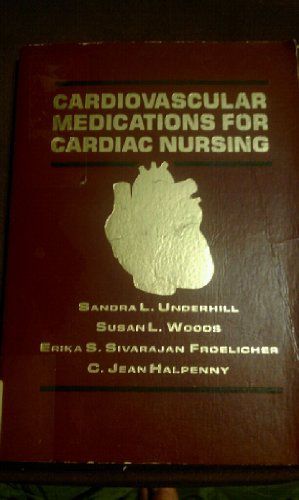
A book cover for Cardiovascular Medications for Cardiac Nursing; Sandra L. Underhill; Medical Books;